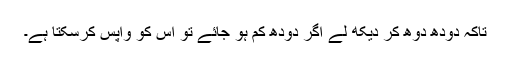
تاکہ دودھ دوھ کر دیکھ لے اگر دودھ کم ہو جائے تو اس کو واپس کرسکتا ہے۔